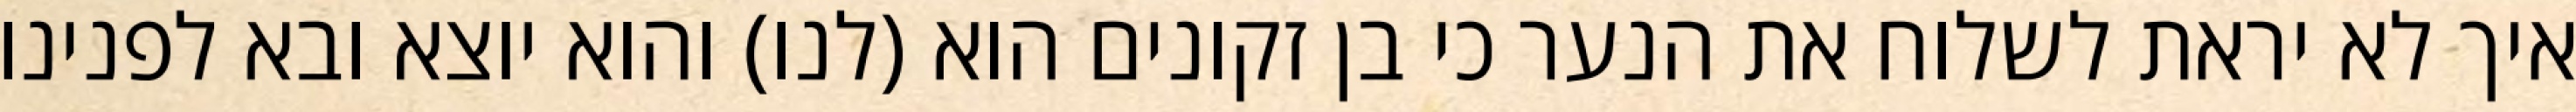
איך לא יראת לשלוח את הנער כי בן זקונים הוא (לנו) והוא יוצא ובא לפנינו